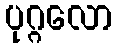
ပုဂ္ဂလော